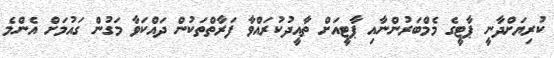
ކުރިޔަށްދާނީ ޕާޓީގެ މެމްބަރުންނާއި ޕާޓީއަށް ތާއީދުކުރައްވާ ފަރާތްތަކުން ދައްކަވާ މަގުން ގައުމަށް އެންމެ